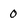
Character: 0